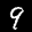
Label: 9